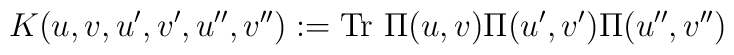
K(u,v,u',v',u'',v''):= {\rm Tr}~\Pi(u,v)\Pi(u',v')\Pi(u'',v'')